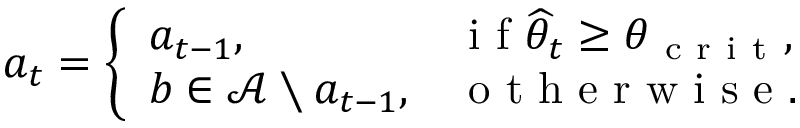
a _ { t } = \left\{ \begin{array} { l l } { a _ { t - 1 } , \quad } & { \mathrm { ~ i ~ f ~ } \widehat { \theta } _ { t } \geq \theta _ { \mathrm { ~ c ~ r ~ i ~ t ~ } } , } \\ { b \in \mathcal { A } \setminus a _ { t - 1 } , } & { \mathrm { ~ o ~ t ~ h ~ e ~ r ~ w ~ i ~ s ~ e ~ } . } \end{array} \right.